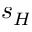
s _ { H }